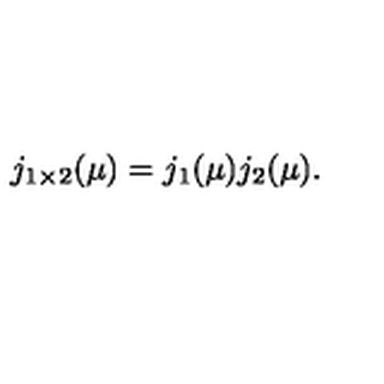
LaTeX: j _ { 1 \times 2 } ( \mu ) = j _ { 1 } ( \mu ) j _ { 2 } ( \mu ) .